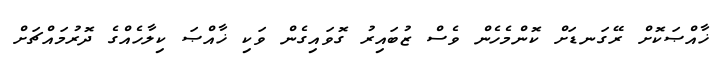
ޚާއްޞަކޮށް ރޭގަނޑަށް ކޮންމެހެން ވެސް ޒުބައިރު ގޮވައިގެން ވަކި ޚާއްޞަ ކިލާހެއްގެ ދޮރުމައްޗަށް